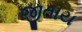
જીતાય